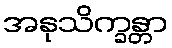
အနုသိက္ခန္တာ